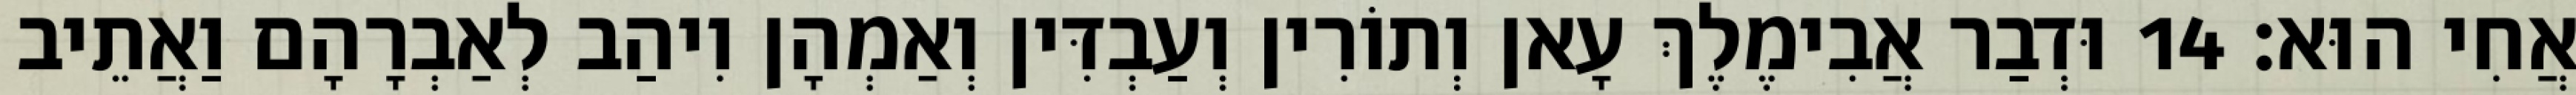
אֲחִי הוּא׃ 14 וּדְבַר אֲבִימֶלֶךְ עָאן וְתוֹרִין וְעַבְדִּין וְאַמְהָן וִיהַב לְאַבְרָהָם וַאֲתֵיב